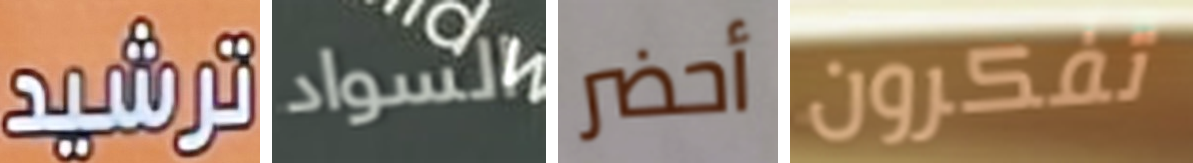
ترشيد السواد أحضر تفكرون